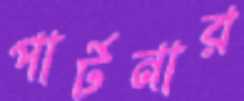
পার্টনার